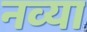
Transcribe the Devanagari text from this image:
नव्‍या